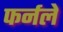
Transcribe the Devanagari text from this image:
फर्नले